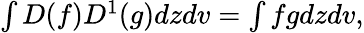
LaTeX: \begin{array}{r}{\int D(f)D^{1}(g)dzdv=\int fgdzdv,}\end{array}